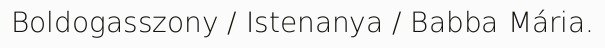
Boldogasszony / Istenanya / Babba Mária.